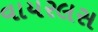
વાયરલસ